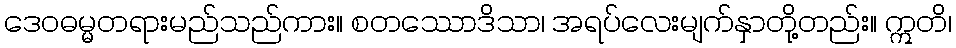
ဒေဝဓမ္မတရားမည်သည်ကား။ စတဿောဒိသာ၊ အရပ်လေးမျက်နှာတို့တည်း။ ဣတိ၊